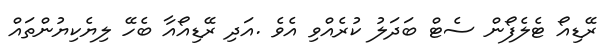
ރޭޑިއޯ ޓެލެފޯން ސެޓް ބަދަލު ކުރެއްވި އެވެ .އަދި ރޭޑިއޯއާ ބެހޭ ލިޔެކިޔުންތައް